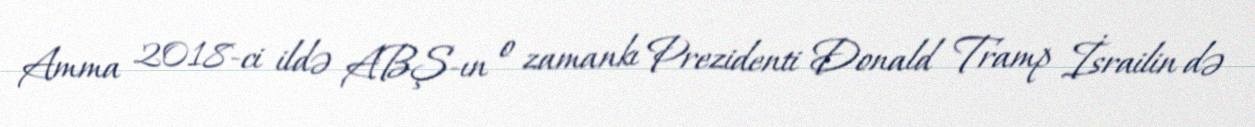
Amma 2018-ci ildə ABŞ-ın o zamankı Prezidenti Donald Tramp İsrailin də